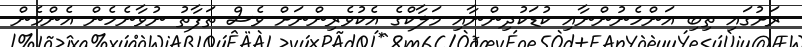
ރަށުގައި ތިބި އަންހެނުންނާއި ކުޑަކުދިންނާއި މަލާކްގެ އެކުވެރިންނަށް ވެސް ތަފާތު ނުވާނެހެން އެންމެން